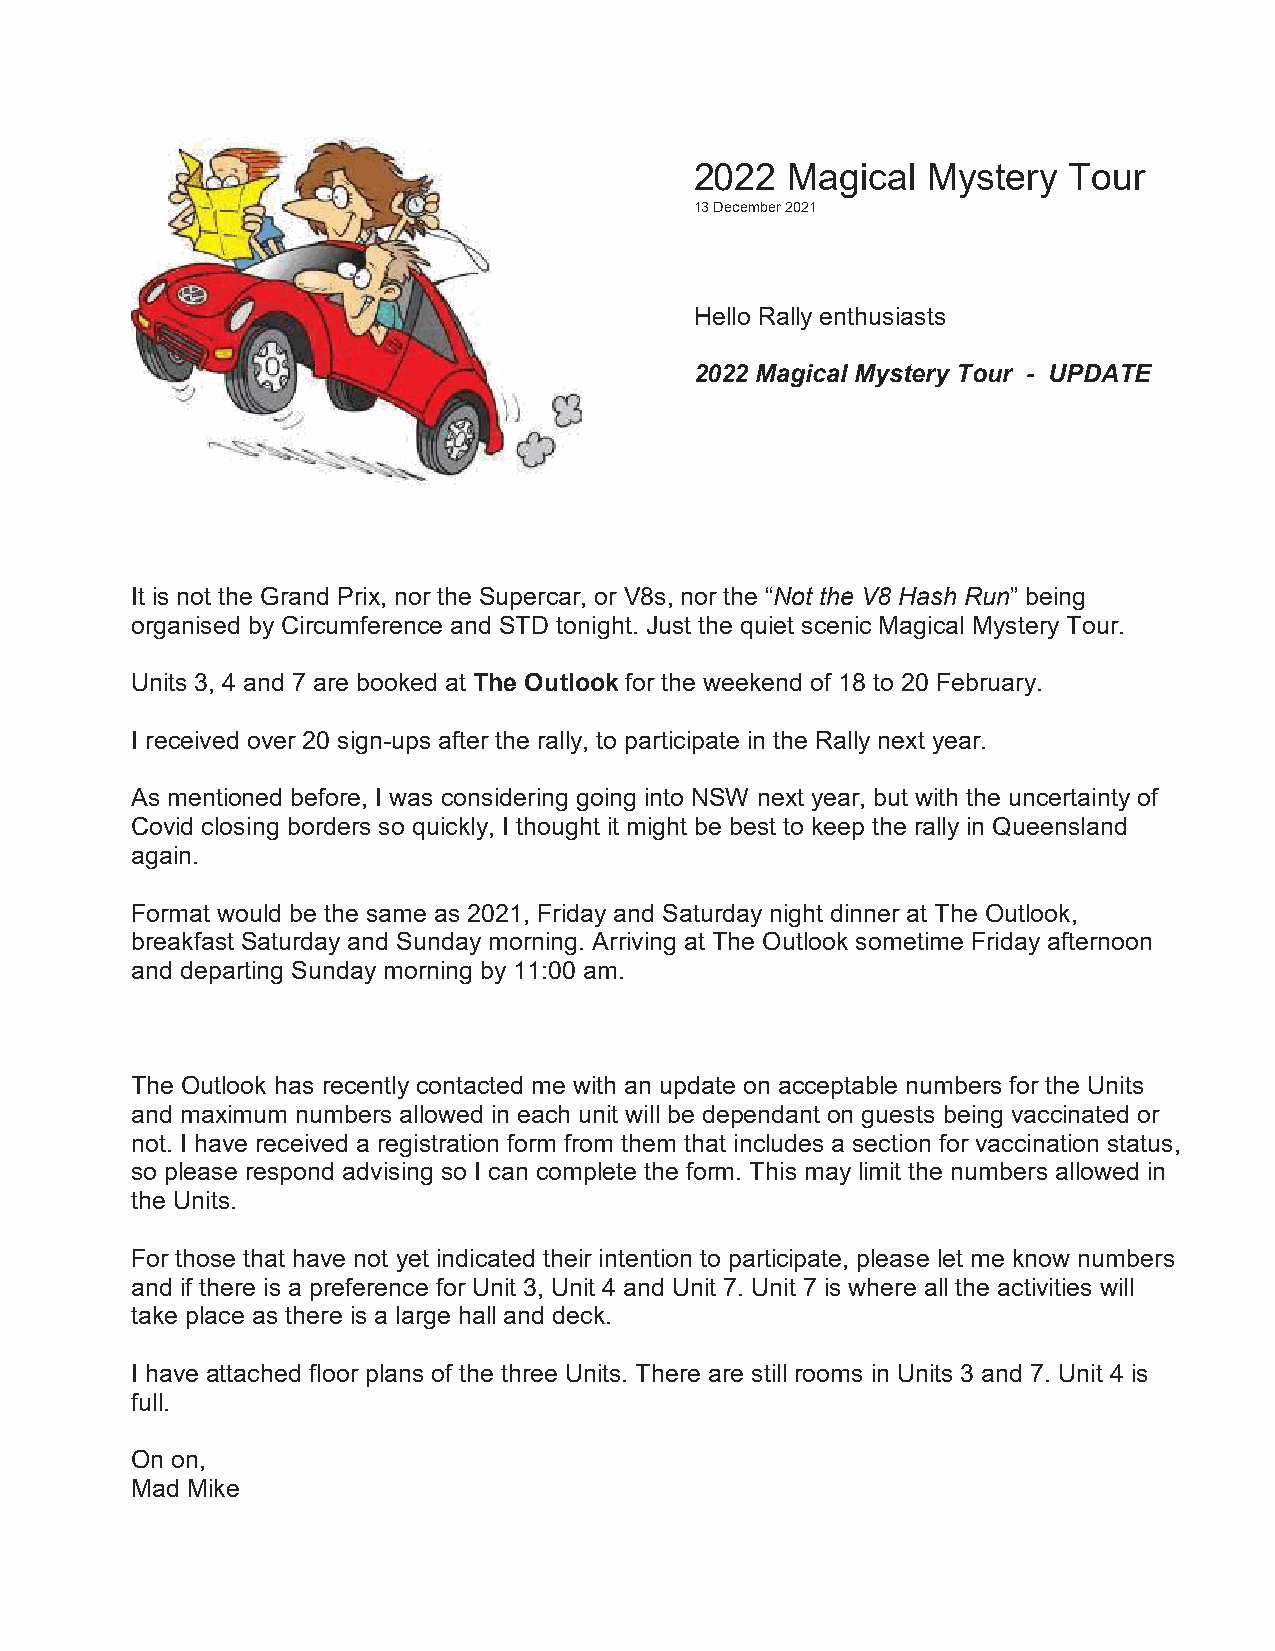
2022  Magical  Mystery   Tour
 13 December 2021
 Hello Rally enthusiasts
 2022 Magical Mystery Tour - UPDATE
 It is not the Grand Prix, nor the Supercar, or V8s, nor the “Not the V8 Hash Run” being
 organised by Circumference and STD tonight. Just the quiet scenic Magical Mystery Tour.
 Units 3, 4 and 7 are booked at The Outlook for the weekend of 18 to 20 February.
 I received over 20 sign-ups after the rally, to participate in the Rally next year.
 As mentioned before, I was considering going into NSW next year, but with the uncertainty of
 Covid closing borders so quickly, I thought it might be best to keep the rally in Queensland
 again.
 Format would be the same as 2021, Friday and Saturday night dinner at The Outlook,
 breakfast Saturday and Sunday morning. Arriving at The Outlook sometime Friday afternoon
 and departing Sunday morning by 11:00 am.
 The Outlook has recently contacted me with an update on acceptable numbers for the Units
 and maximum numbers allowed in each unit will be dependant on guests being vaccinated or
 not. I have received a registration form from them that includes a section for vaccination status,
 so please respond advising so I can complete the form. This may limit the numbers allowed in
 the Units.
 For those that have not yet indicated their intention to participate, please let me know numbers
 and if there is a preference for Unit 3, Unit 4 and Unit 7. Unit 7 is where all the activities will
 take place as there is a large hall and deck.
 I have attached floor plans of the three Units. There are still rooms in Units 3 and 7. Unit 4 is
 full.
 On on,
 Mad Mike